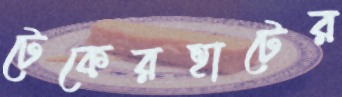
টেকেরহাটের